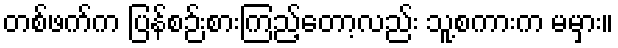
တစ်ဖက်က ပြန်စဉ်းစားကြည့်တော့လည်း သူ့စကားက မမှား။